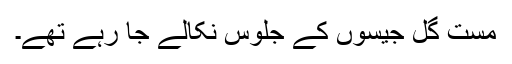
مست گل جیسوں کے جلوس نکالے جا رہے تھے۔